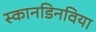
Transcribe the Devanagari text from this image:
स्कानडिनविया